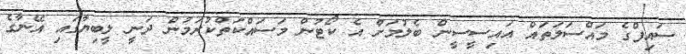
ސައިފްގެ މައްސަލަތައް އައިސީސީން ބެލުމަށް އެ ކޯޓުން މަސައްކަތްކުރަމުން ދަނީ ލީބިޔާގައި އޭނާގެ